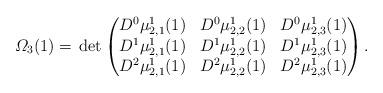
LaTeX: \begin{align*}\varOmega_3(1)={}&\det \begin{pmatrix}D^{0}\mu^1_{2,1}(1)&D^{0}\mu^1_{2,2}(1)&D^{0}\mu^1_{2,3}(1) \\D^{1}\mu^1_{2,1}(1)&D^{1}\mu^1_{2,2}(1)&D^{1}\mu^1_{2,3}(1) \\D^{2}\mu^1_{2,1}(1)&D^{2}\mu^1_{2,2}(1)&D^{2}\mu^1_{2,3}(1) \\\end{pmatrix}.\end{align*}